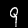
Digit: 9